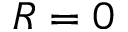
R = 0